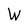
Character: W